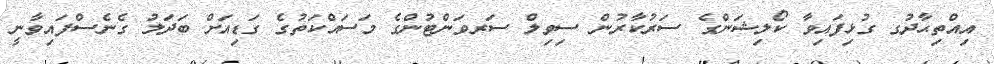
އިއްތިޙާދުގ ގުޅިފައިވާ ކޯލިޝަންގެ ސަރުކާރުން ސިވިލް ސަރވަންޓުންގެ މަސައްކަތުގެ ގަޑިއަށް ބަދަލު ގެނެސްފައިވާނީ